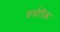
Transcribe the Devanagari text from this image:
चर्चरीक